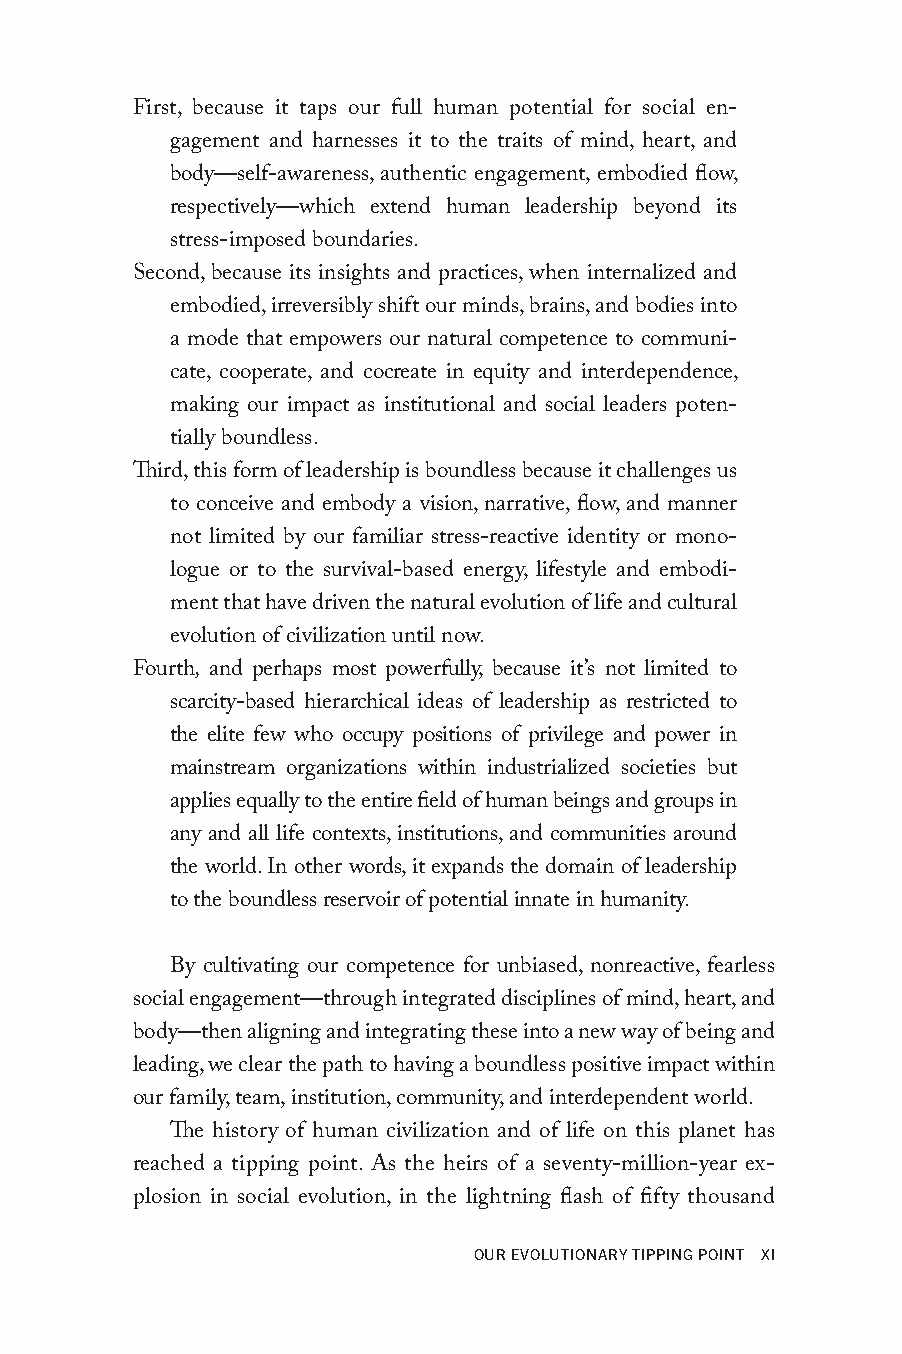
First, because it taps our full human potential for social en-
 gagement and harnesses it to the traits of mind, heart, and
 body—self-awareness, authentic engagement, embodied flow,
 respectively—which extend human leadership beyond its
 stress-imposed boundaries.
 Second, because its insights and practices, when internalized and
 embodied, irreversibly shift our minds, brains, and bodies into
 a mode that empowers our natural competence to communi-
 cate, cooperate, and cocreate in equity and interdependence,
 making our impact as institutional and social leaders poten-
 tially boundless.
 Third, this form of leadership is boundless because it challenges us
 to conceive and embody a vision, narrative, flow, and manner
 not limited by our familiar stress-reactive identity or mono-
 logue or to the survival-based energy, lifestyle and embodi-
 ment that have driven the natural evolution of life and cultural
 evolution of civilization until now.
 Fourth, and perhaps most powerfully, because it’s not limited to
 scarcity-based hierarchical ideas of leadership as restricted to
 the elite few who occupy positions of privilege and power in
 mainstream organizations within industrialized societies but
 applies equally to the entire field of human beings and groups in
 any and all life contexts, institutions, and communities around
 the world. In other words, it expands the domain of leadership
 to the boundless reservoir of potential innate in humanity.
 By cultivating our competence for unbiased, nonreactive, fearless
 social engagement—through integrated disciplines of mind, heart, and
 body—then aligning and integrating these into a new way of being and
 leading, we clear the path to having a boundless positive impact within
 our family, team, institution, community, and interdependent world.
 The history of human civilization and of life on this planet has
 reached a tipping point. As the heirs of a seventy-million-year ex-
 plosion in social evolution, in the lightning flash of fifty thousand
 OUR EvOLUTIONARY TIPPING POINT xI